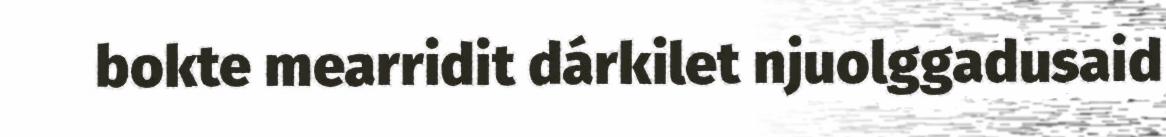
bokte mearridit dárkilet njuolggadusaid